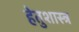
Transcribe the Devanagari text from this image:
हेतुशास्त्र